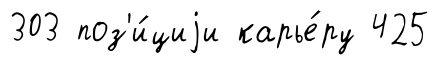
303 поз'и́циjи карье́ру 425